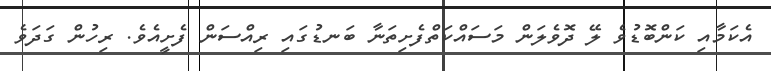
އެކަމާއި ކަންބޮޑުވެ ލޭ ދޮވެލަން މަސައްކަތްފެށިތަނާ ބަނޑުގައި ރިއްސަން ފެށީއެވެ. ރިހުން ގަދަވެ